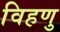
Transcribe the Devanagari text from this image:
विहणु